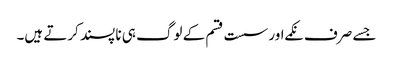
جسے صرف نکمے اور سست قسم کے لوگ ہی نا پسند کرتے ہیں۔